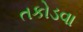
તકોડવા